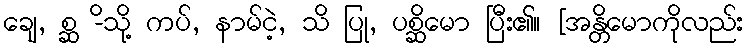
ချေ, စ္ဆ -ိသို့ ကပ်, နာမ်ငဲ့, သိ ပြု, ပစ္ဆိမော ပြီး၏။ [အန္တိမောကိုလည်း